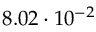
8 . 0 2 \cdot 1 0 ^ { - 2 }